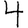
Digit: 4